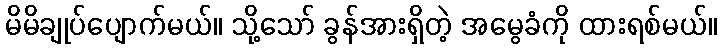
မိမိချုပ်ပျောက်မယ်။ သို့သော် ခွန်အားရှိတဲ့ အမွေခံကို ထားရစ်မယ်။